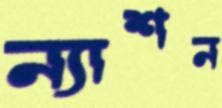
ন্যাশন